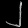
Digit: ၂